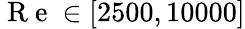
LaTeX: \mathrm{~R~e~}\in[2500,10000]